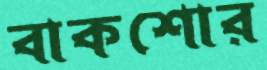
বাকশোর